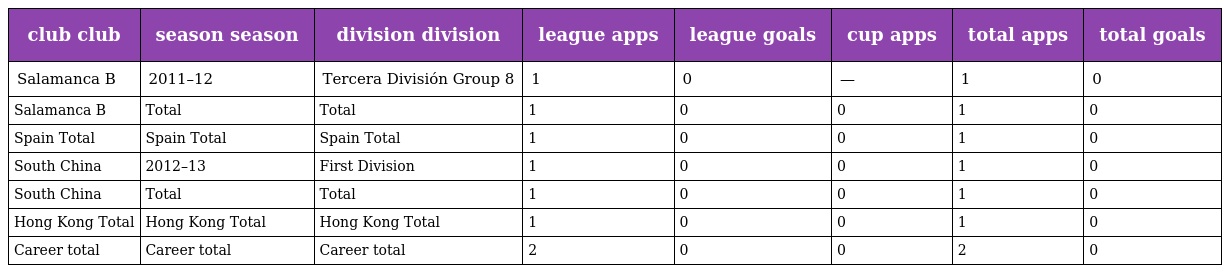
| club club | season season | division division | league apps | league goals | cup apps | total apps | total goals |
 | --- | --- | --- | --- | --- | --- | --- | --- |
 | Salamanca B | 2011–12 | Tercera División Group 8 | 1 | 0 | — | 1 | 0 |
 | Salamanca B | Total | Total | 1 | 0 | 0 | 1 | 0 |
 | Spain Total | Spain Total | Spain Total | 1 | 0 | 0 | 1 | 0 |
 | South China | 2012–13 | First Division | 1 | 0 | 0 | 1 | 0 |
 | South China | Total | Total | 1 | 0 | 0 | 1 | 0 |
 | Hong Kong Total | Hong Kong Total | Hong Kong Total | 1 | 0 | 0 | 1 | 0 |
 | Career total | Career total | Career total | 2 | 0 | 0 | 2 | 0 |